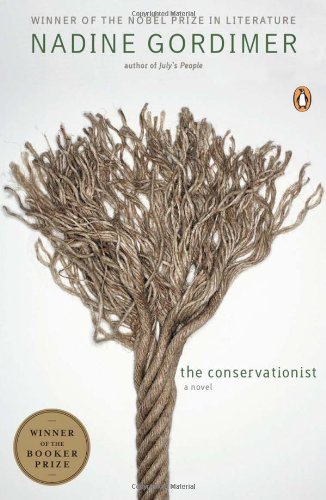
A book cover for The Conservationist; Nadine Gordimer; Literature & Fiction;